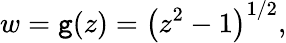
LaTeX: w=\mathtt{g}(z)=\left(z^{2}-1\right)^{1/2},